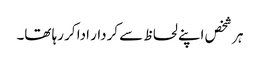
ہر شخص اپنے لحاظ سے کردار ادا کر رہا تھا۔